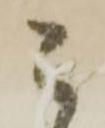
こ